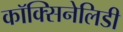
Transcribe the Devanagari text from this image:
कॉक्सिनेलिडी